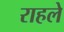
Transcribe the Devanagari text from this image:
राहले